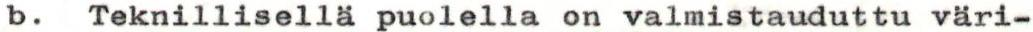
b. Teknillisellä puolella on valmistauduttu väri-